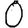
Digit: 0